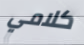
كلامي